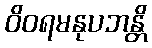
ဝိဝရမနုပဘန္တိ